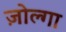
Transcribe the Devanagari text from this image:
ज़ोल्गा